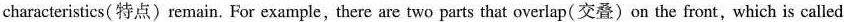
characteristics( 特点)remain. For example, there are two parts that overlap(交叠)on the front, which is called